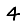
Digit: 4